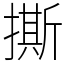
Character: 撕